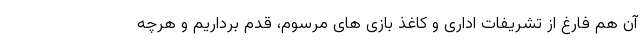
آن هم فارغ از تشریفات اداری و کاغذ بازی های مرسوم، قدم برداریم و هرچه